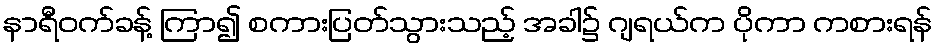
နာရီဝက်ခန့် ကြာ၍ စကားပြတ်သွားသည့် အခါ၌ ဂျရယ်က ပိုကာ ကစားရန်